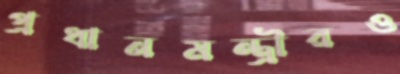
প্রধানমন্ত্রীরও